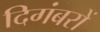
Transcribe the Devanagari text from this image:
दिगंबरों